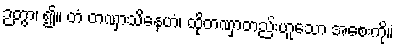
ဉတွာ၊ ၍။ တံ တဏှာသိနေဟံ၊ ထိုတဏှာတည်းဟူသော အစေးကို။